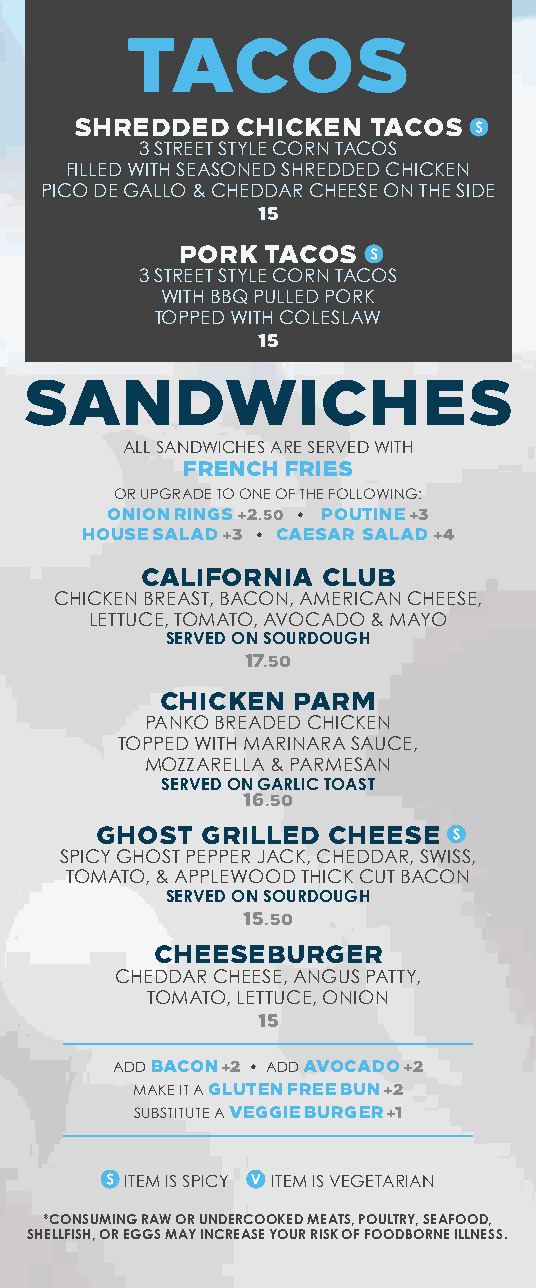
TACOS
 SHREDDED   CHICKEN TACOS
 3 STREET STYLE CORN TACOS
 FILLED WITH SEASONED SHREDDED CHICKEN
 PICO DE GALLO & CHEDDAR CHEESE ON THE SIDE
 15
 PORK TACOS
 3 STREET STYLE CORN TACOS
 WITH BBQ PULLED PORK
 TOPPED WITH COLESLAW
 15
 SANDWICHES
 ALL SANDWICHES ARE SERVED WITH
 FRENCH FRIES
 OR UPGRADE TO ONE OF THE FOLLOWING:
 ONION RINGS +2.50 • POUTINE +3
 HOUSE SALAD +3 • CAESAR SALAD +4
 CALIFORNIA  CLUB
 CHICKEN BREAST, BACON, AMERICAN CHEESE,
 LETTUCE, TOMATO, AVOCADO & MAYO
 SERVED ON SOURDOUGH
 17.50
 CHICKEN PARM
 PANKO BREADED CHICKEN
 TOPPED WITH MARINARA SAUCE,
 MOZZARELLA & PARMESAN
 SERVED ON GARLIC TOAST
 16.50
 GHOST  GRILLED  CHEESE
 SPICY GHOST PEPPER JACK, CHEDDAR, SWISS,
 TOMATO, & APPLEWOOD THICK CUT BACON
 SERVED ON SOURDOUGH
 15.50
 CHEESEBURGER
 CHEDDAR CHEESE, ANGUS PATTY,
 TOMATO, LETTUCE, ONION
 15
 ADD BACON +2 • ADD AVOCADO +2
 MAKE IT A GLUTEN FREE BUN +2
 SUBSTITUTE A VEGGIE BURGER +1
 ITEM IS SPICY ITEM IS VEGETARIAN
 *CONSUMING RAW OR UNDERCOOKED MEATS, POULTRY, SEAFOOD,
 SHELLFISH, OR EGGS MAY INCREASE YOUR RISK OF FOODBORNE ILLNESS.